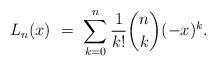
LaTeX: \begin{align*}L_n(x) \ = \ \sum_{k=0}^n \frac{1}{k!} {n \choose k} (-x)^k.\end{align*}